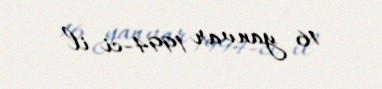
16 yanvar 1994-ci il